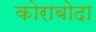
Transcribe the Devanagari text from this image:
कोराबोदा